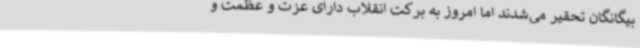
بیگانگان تحقیر می‌شدند اما امروز به برکت انقلاب دارای عزت و عظمت و